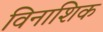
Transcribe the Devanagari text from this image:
विनाशिक